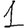
Digit: 1